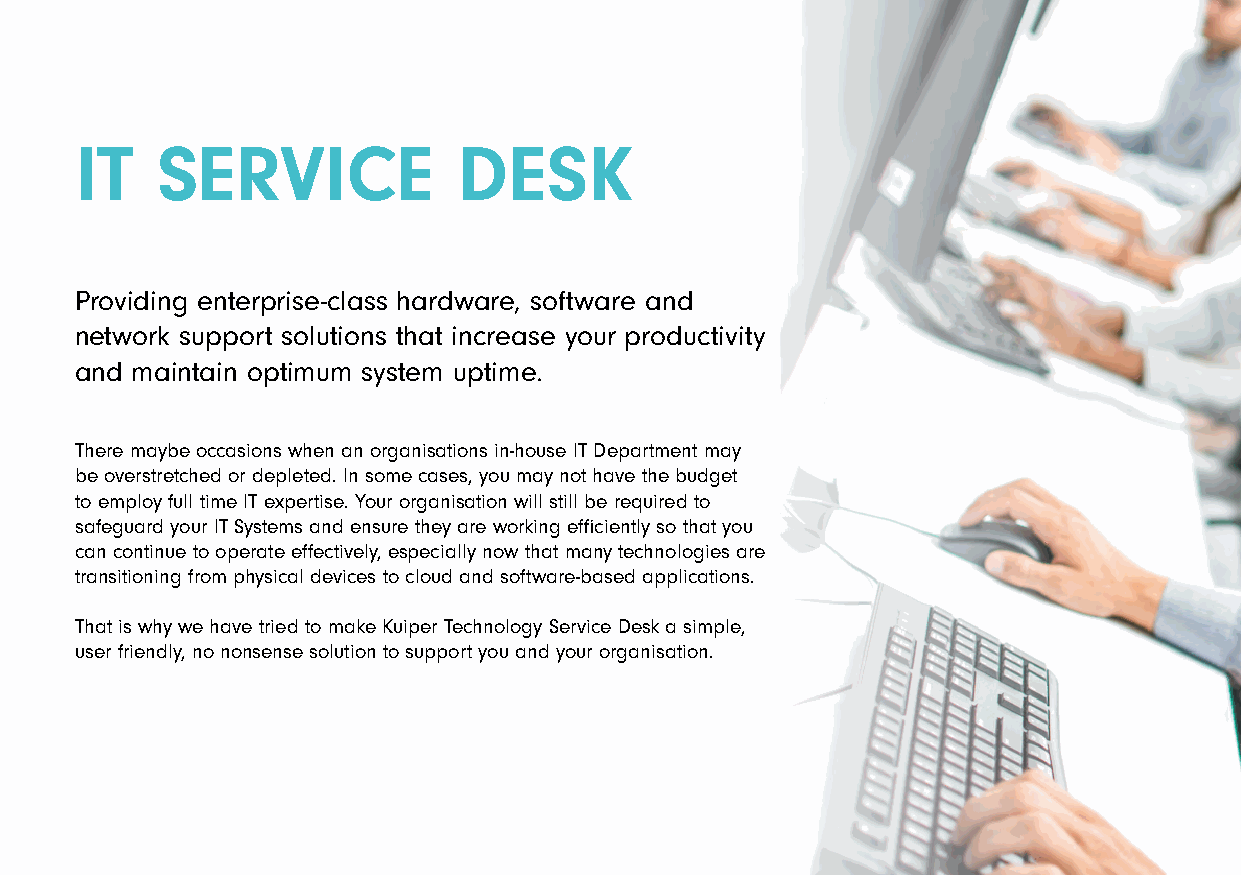
IT   SERVICE             DESK
 Providing enterprise-class hardware, software and
 network support solutions that increase your productivity
 and maintain optimum system uptime.
 There maybe occasions when an organisations in-house IT Department may
 be overstretched or depleted. In some cases, you may not have the budget
 to employ full time IT expertise. Your organisation will still be required to
 safeguard your IT Systems and ensure they are working efficiently so that you
 can continue to operate effectively, especially now that many technologies are
 transitioning from physical devices to cloud and software-based applications.
 That is why we have tried to make Kuiper Technology Service Desk a simple,
 user friendly, no nonsense solution to support you and your organisation.